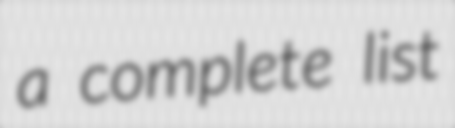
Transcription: a complete list